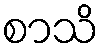
စာသိ